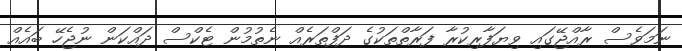
ނަމަވެސް ރާއްޖޭގައި ވިޔަފާރިކުރާ ފަރާތްތަކުގެ ދަފްތަރެއް ނެތުމުން ޓެކްސް ދައްކަން ނުޖެހޭ ބައެއް